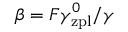
\beta = F \gamma _ { \mathrm { z p l } } ^ { 0 } / \gamma